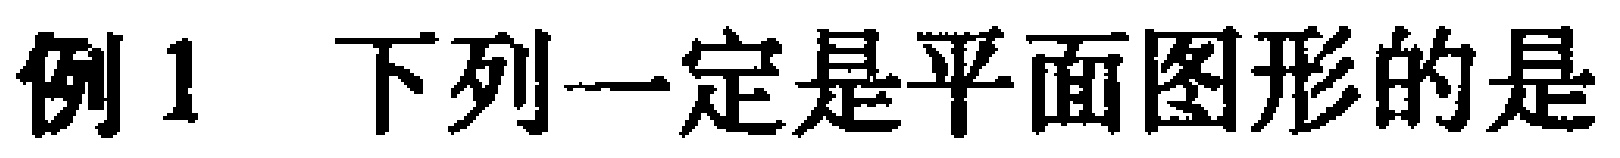
例1 下列一定是平面图形的是